Lui_Olesk, lk 11
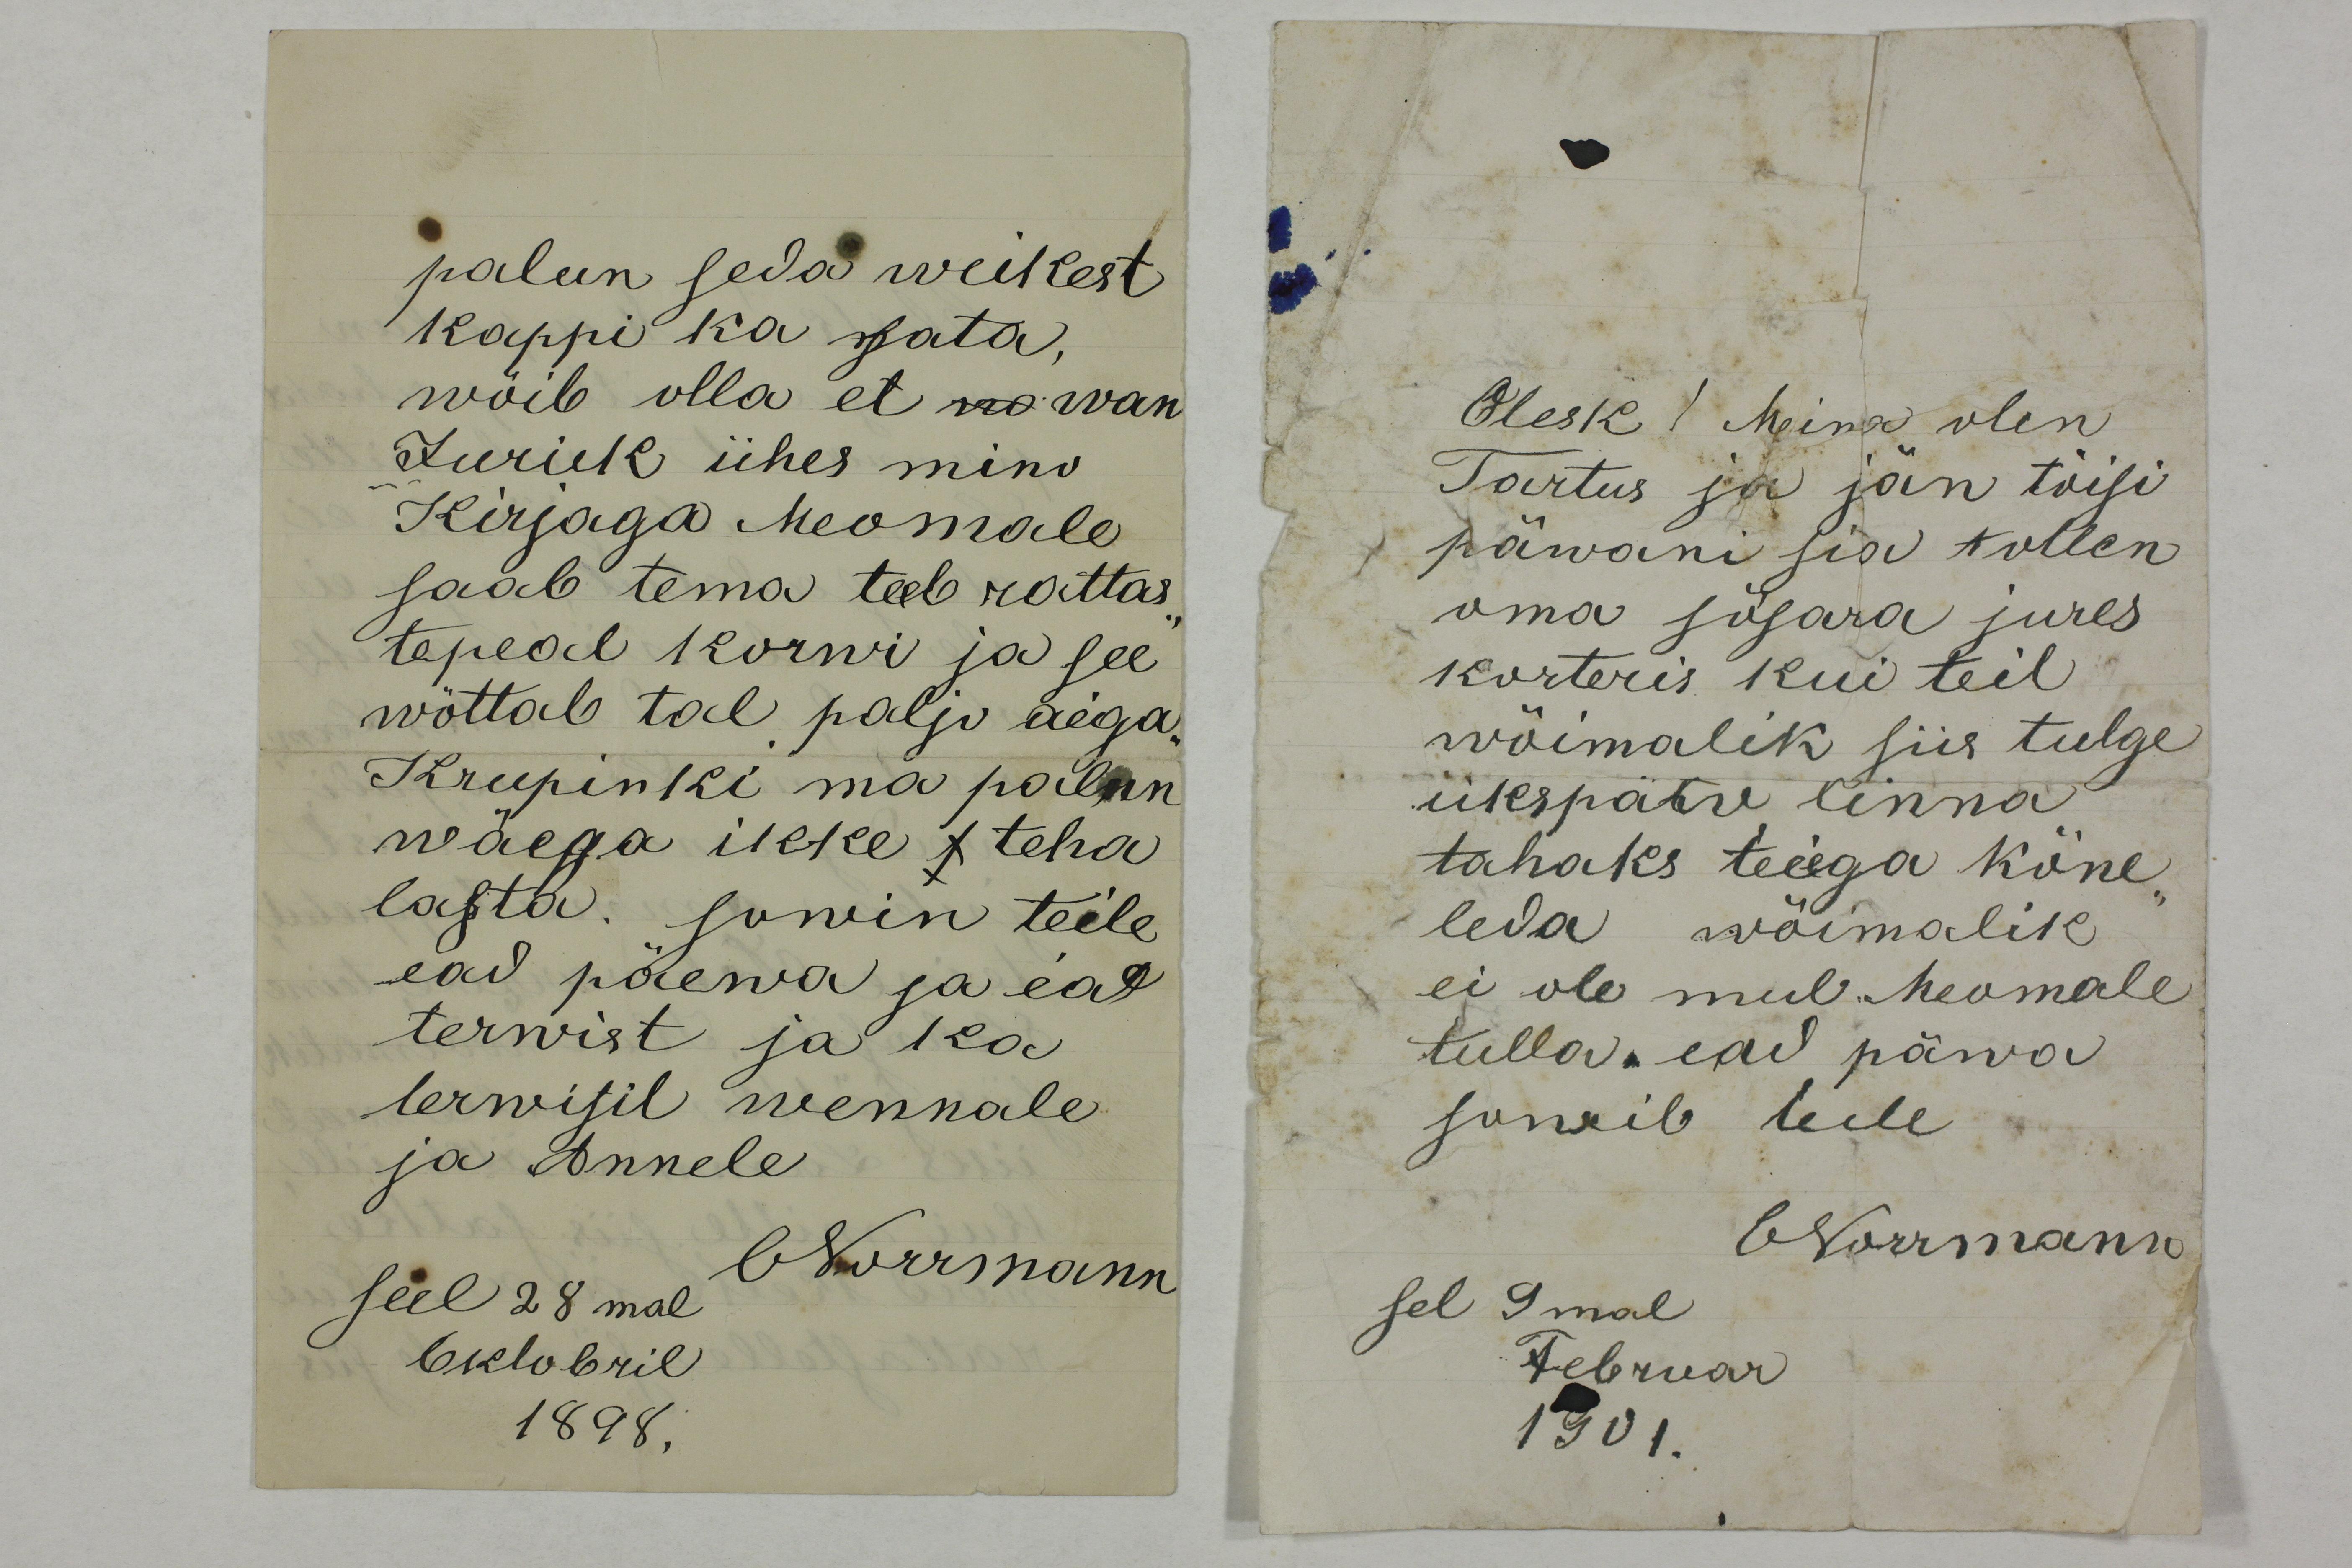
palun seda weikest
kappi ka sata,
wõib olla et no wan
Jurick ühes mino
Kirjaga Meomale
saab tema teeb rattas-
tepeal korwi ja see
wõttab tal palju aega.
Krupinki ma palun
wäega ikke s teha
lasta. sowin teile
ead päewa ja ead
terwist ja ka 
terwisil vennale
ja Annele
ONorrmann
seel 28mal
Oktobril
1898.

Olesk! Mina olen
Tartus ja jän tõisi
päwani sia tollen
oma sõsara jures
korteris kui teil
wõimalik siis tulge
ükspäew linna
tahaks teiega kõne-
leda wõimalik
ei ole mul Meomale
tulla, ead päwa 
sowib teile
ONorrmann
sel 9mal
Februar
1901.